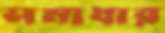
সমাধার